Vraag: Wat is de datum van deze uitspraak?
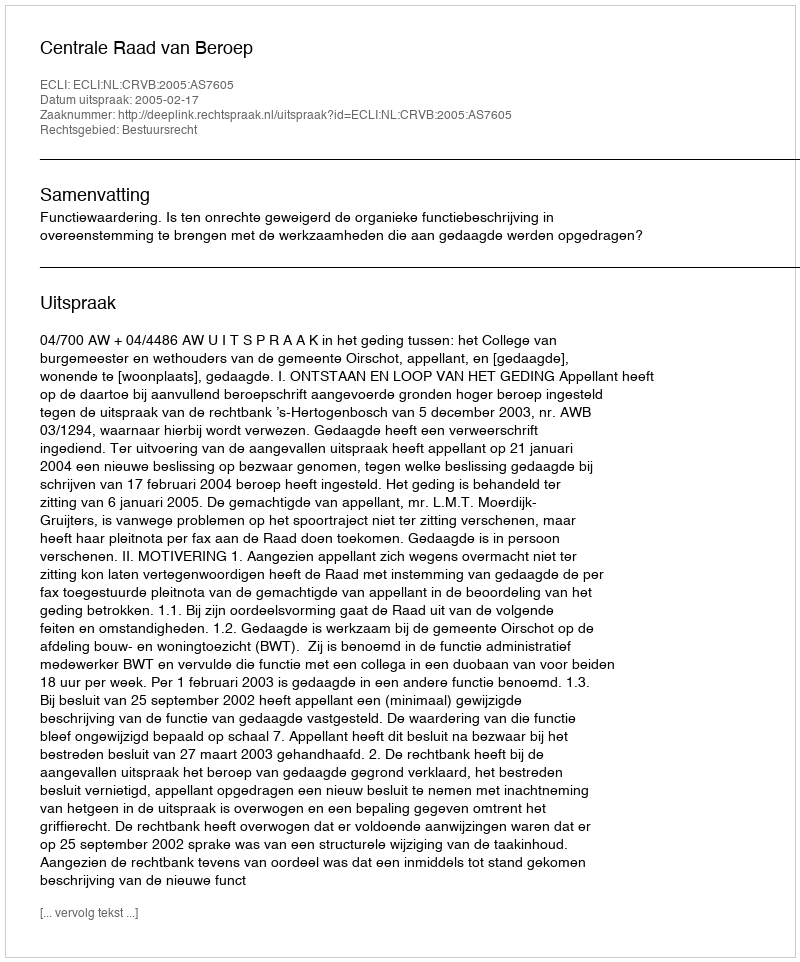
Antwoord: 2005-02-17